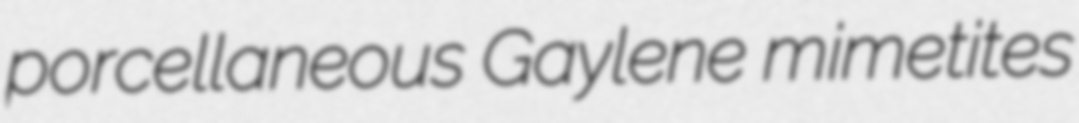
porcellaneous Gaylene mimetites